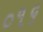
૦૧૬